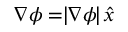
\nabla \phi = \mid \! \! \nabla \phi \! \! \mid \, \! \! \hat { x }